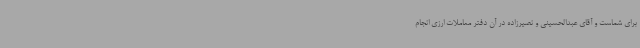
برای شماست و آقای عبدالحسینی و نصیرزاده در آن دفتر معاملات ارزی انجام